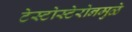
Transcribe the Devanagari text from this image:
टेस्टोस्टेरोनमुळे